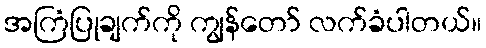
အကြံပြုချက်ကို ကျွန်တော် လက်ခံပါတယ်။